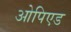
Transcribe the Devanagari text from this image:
ओपिएड